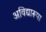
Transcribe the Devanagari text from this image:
अविद्यारूपा